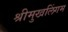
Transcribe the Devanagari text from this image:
श्रीमुखलिंगम